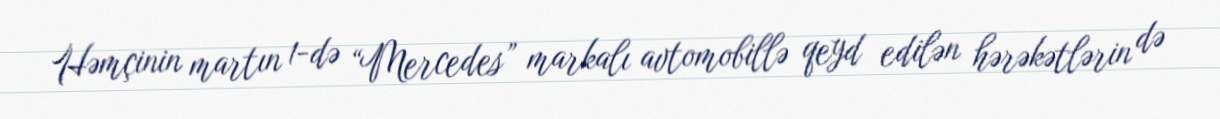
Həmçinin martın 1-də “Mercedes” markalı avtomobillə qeyd edilən hərəkətlərin də